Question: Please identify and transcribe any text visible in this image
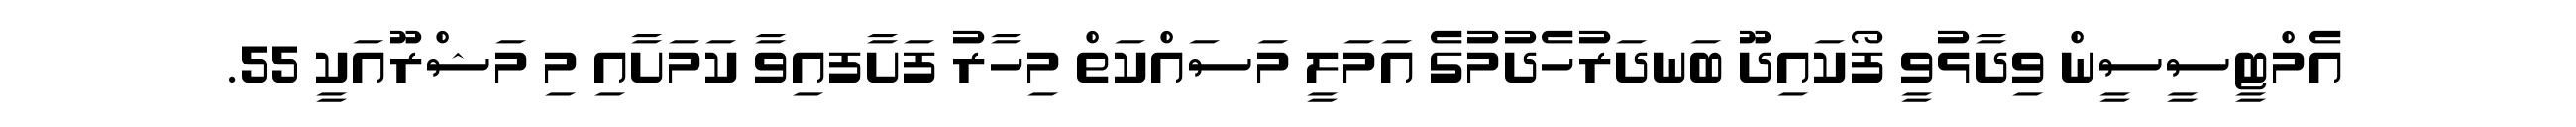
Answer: އެމްޓީސީސީން ވިދާޅުވީ ފޯކައިދޫ ބަނދަރުހެދުމުގެ އަމަލީ މަސައްކަތް މިހާރު ފަށާފއިވާ ކަމަށާއި މި މަޝްރޫއަކީ 55.